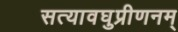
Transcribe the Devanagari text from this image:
सत्यावघुप्रीणनम्